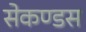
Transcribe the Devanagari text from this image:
सेकण्डस